Lunatic asylums Madras 1892-1911 - 1892-1911
Year: 1892
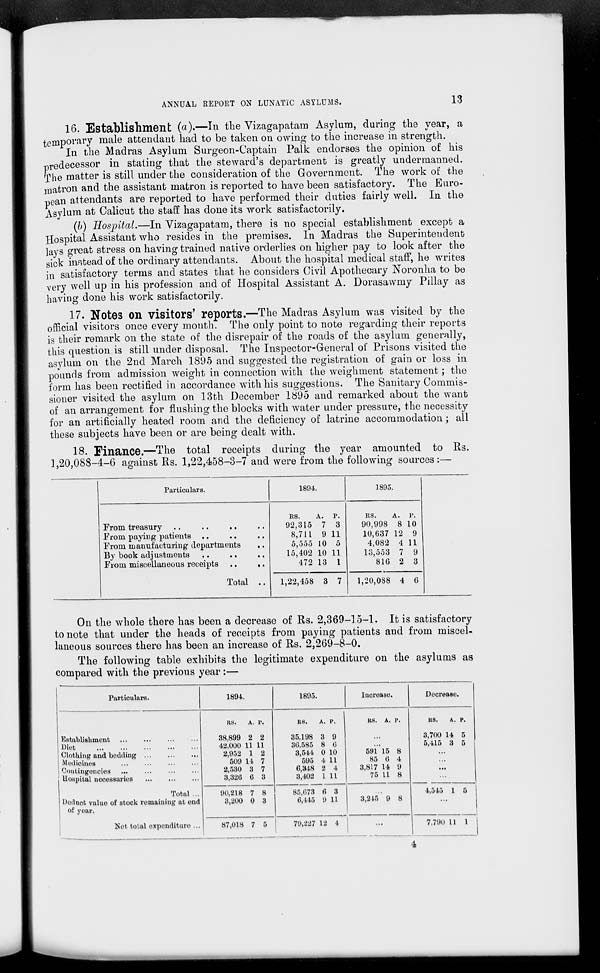
ANNUAL REPORT ON LUNATIC ASYLUMS.
13
16. Establishment («)•—In the Vizagapatam Asylum, during the year, a
temporary male attendant had to be taken on owing to the increase in strength.
In the Madras Asylum Surgeon-Captain Palk endorses the opinion of his
predecessor in stating that the steward's department is greatly undermanned,
fhe matter is still under the consideration of the Government. The work of the
matron and the assistant matron is reported to have been satisfactory. The Euro-
pean attendants are reported to have performed their duties fairly well. In the
Asylum at Calicut the staff has done its work satisfactorily.
(b) Hosjrital.—In Vizagapatam, there is no special establishment except a
Hospital Assistant who resides in the premises. In Madras the Superintendent
lays great stress on having trained native orderlies on higher pay to look after the
sick instead of the ordinary attendants. About the hospital medical staff, he writes
in satisfactory terms and states that he considers Civil Apothecary Noronha to be
very well up in his profession and of Hospital Assistant A. Dorasawmy Pillay as
having done his work satisfactorily.
17. Notes On visitors' reports.—The Madras Asylum was visited by the
official visitors once every month. The only point to note regarding their reports
is their remark on the state of the disrepair of the roads of the asylum generally,
this question is still under disposal. The Inspector-General of Prisons visited the
asylum on the 2nd March 1895 and suggested the registration of gain or loss in
pounds from admission weight in connection with the weighment statement; the
form has been rectified in accordance with his suggestions. The Sanitary Commis-
sioner visited the asylum on 13th December 1895 and remarked about the want
of an arrangement for flushing the blocks with water under pressure, the necessity
for an artificially heated room and the deficiency of latrine accommodation; all
these subjects have been or are being dealt with.
18. Finance.—The total receipts during the year amounted to Es.
1,20,088-4-6 against Rs. 1,22,458-3-7 and were from the following sources:—
Particulars.
From treasury
From paying patients
From manufacturing departments
By book adjustments
From miscellaneous receipts
Total
1894.
RS.
92,315
8,711
5,555
15,402
472
A.
7
9
10
10
13
p.
3
11
5
11
1
1,22,458 3 7
1895.
BS.
A. P.
90,998 8 10
10,637 12 9
4,082 4 11
13,553 7 9
816 2 3
1,'20,088 4 6
On the whole there has been a decrease of Rs. 2,369-15-1. It is satisfactory
to note that under the heads of receipts from paying patients and from miscel-
laneous sources there has been an increase of Rs. 2,269-8-0.
The following table exhibits the legitimate expenditure on the asylums as
compared with the previous year :—
Particulars.
1894.
1895.
Iuorease.
Decrease.
Establishment
Diot
Clothing and bedding ...
Medicines
...
Contingencies
Uospital necessaries
Total ...
Deduct valuo of stock romainiug at end
of year.
Net total expenditure ...
RS.
A. r.
38,899 2 2
42,000 11 11
2,952 1 2
509 11 7
2,530 3 7
3,320 0 3
BS.
A. P.
35,198 3 9
30,585 8 0
3,514 0 10
595 4 11
6,3-18 2 4
3,402 1 11
RS. A. P.
591 15 8
85 0 4
3,817 H 9
75 11 8
RS.
A. P.
3,700 14 5
5,115 3 5
90,818 7 8
3,200 0 3
85,073 0 3
6,115 i) 11
3,215 9 8
4,545 1 5
87,018 7 5
79,227 12 l
...
7,790 11 1
I